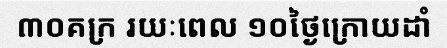
៣០គក្រ រយៈពេល ១០ថ្ងៃក្រោយដាំ